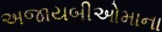
અજાયબીઓમાના